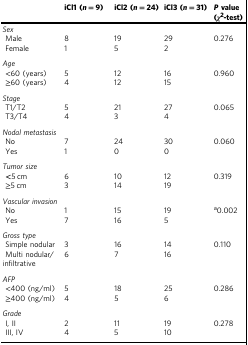
<table><thead><tr><td></td><td><b>iCl1 (<i>n</i> = 9)</b></td><td><b>iCl2 (<i>n</i> = 24)</b></td><td><b>iCl3 (<i>n</i> = 31)</b></td><td><b><i>P</i> value (<i>χ</i><sup>2</sup>-test)</b></td></tr></thead><tbody><tr><td colspan="5"><i>Sex</i></td></tr><tr><td> Male</td><td>8</td><td>19</td><td>29</td><td>0.276</td></tr><tr><td> Female</td><td>1</td><td>5</td><td>2</td><td></td></tr><tr><td colspan="5"><i>Age</i></td></tr><tr><td> &lt;60 (years)</td><td>5</td><td>12</td><td>16</td><td>0.960</td></tr><tr><td> ≥60 (years)</td><td>4</td><td>12</td><td>15</td><td></td></tr><tr><td colspan="5"><i>Stage</i></td></tr><tr><td> T1/T2</td><td>5</td><td>21</td><td>27</td><td>0.065</td></tr><tr><td> T3/T4</td><td>4</td><td>3</td><td>4</td><td></td></tr><tr><td colspan="5"><i>Nodal metastasis</i></td></tr><tr><td> No</td><td>7</td><td>24</td><td>30</td><td>0.060</td></tr><tr><td> Yes</td><td>1</td><td>0</td><td>0</td><td></td></tr><tr><td colspan="5"><i>Tumor size</i></td></tr><tr><td> <b>&lt;</b>5 cm</td><td>6</td><td>10</td><td>12</td><td>0.319</td></tr><tr><td> ≥5 cm</td><td>3</td><td>14</td><td>19</td><td></td></tr><tr><td colspan="5"><i>Vascular invasion</i></td></tr><tr><td> No</td><td>1</td><td>15</td><td>19</td><td><sup>a</sup>0.002</td></tr><tr><td> Yes</td><td>7</td><td>16</td><td>5</td><td></td></tr><tr><td colspan="5"><i>Gross type</i></td></tr><tr><td> Simple nodular</td><td>3</td><td>16</td><td>14</td><td>0.110</td></tr><tr><td> Multi nodular/infiltrative</td><td>6</td><td>7</td><td>16</td><td></td></tr><tr><td colspan="5"><i>AFP</i></td></tr><tr><td> &lt;400 (ng/ml)</td><td>5</td><td>18</td><td>25</td><td>0.286</td></tr><tr><td> ≥400 (ng/ml)</td><td>4</td><td>5</td><td>6</td><td></td></tr><tr><td colspan="5"><i>Grade</i></td></tr><tr><td> I, II</td><td>2</td><td>11</td><td>19</td><td>0.278</td></tr><tr><td> III, IV</td><td>4</td><td>5</td><td>10</td><td></td></tr></tbody></table>